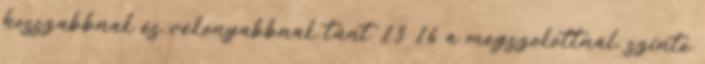
hosszabbnak és vékonyabbnak tűnt 13 16 a megszokottnál, szinte